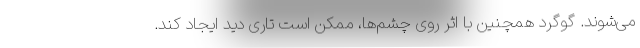
می‌شوند. گوگرد همچنین با اثر روی چشم‌ها، ممکن است تاری دید ایجاد کند.